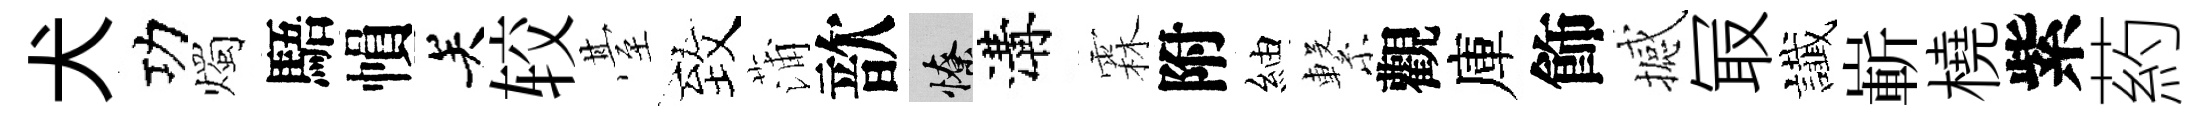
犬功燭䮏𢄙关较䑓致蒲歆憭溝霖附紬繋觀庫飾撼冣䜟嶄橈紫葯